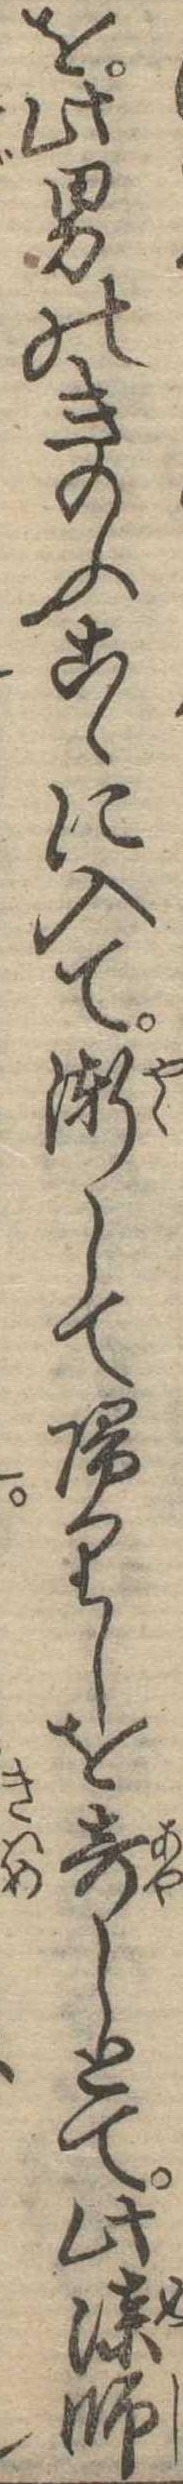
を此男のきのふこゝに入て漸して帰りしを奇しとて此漆師